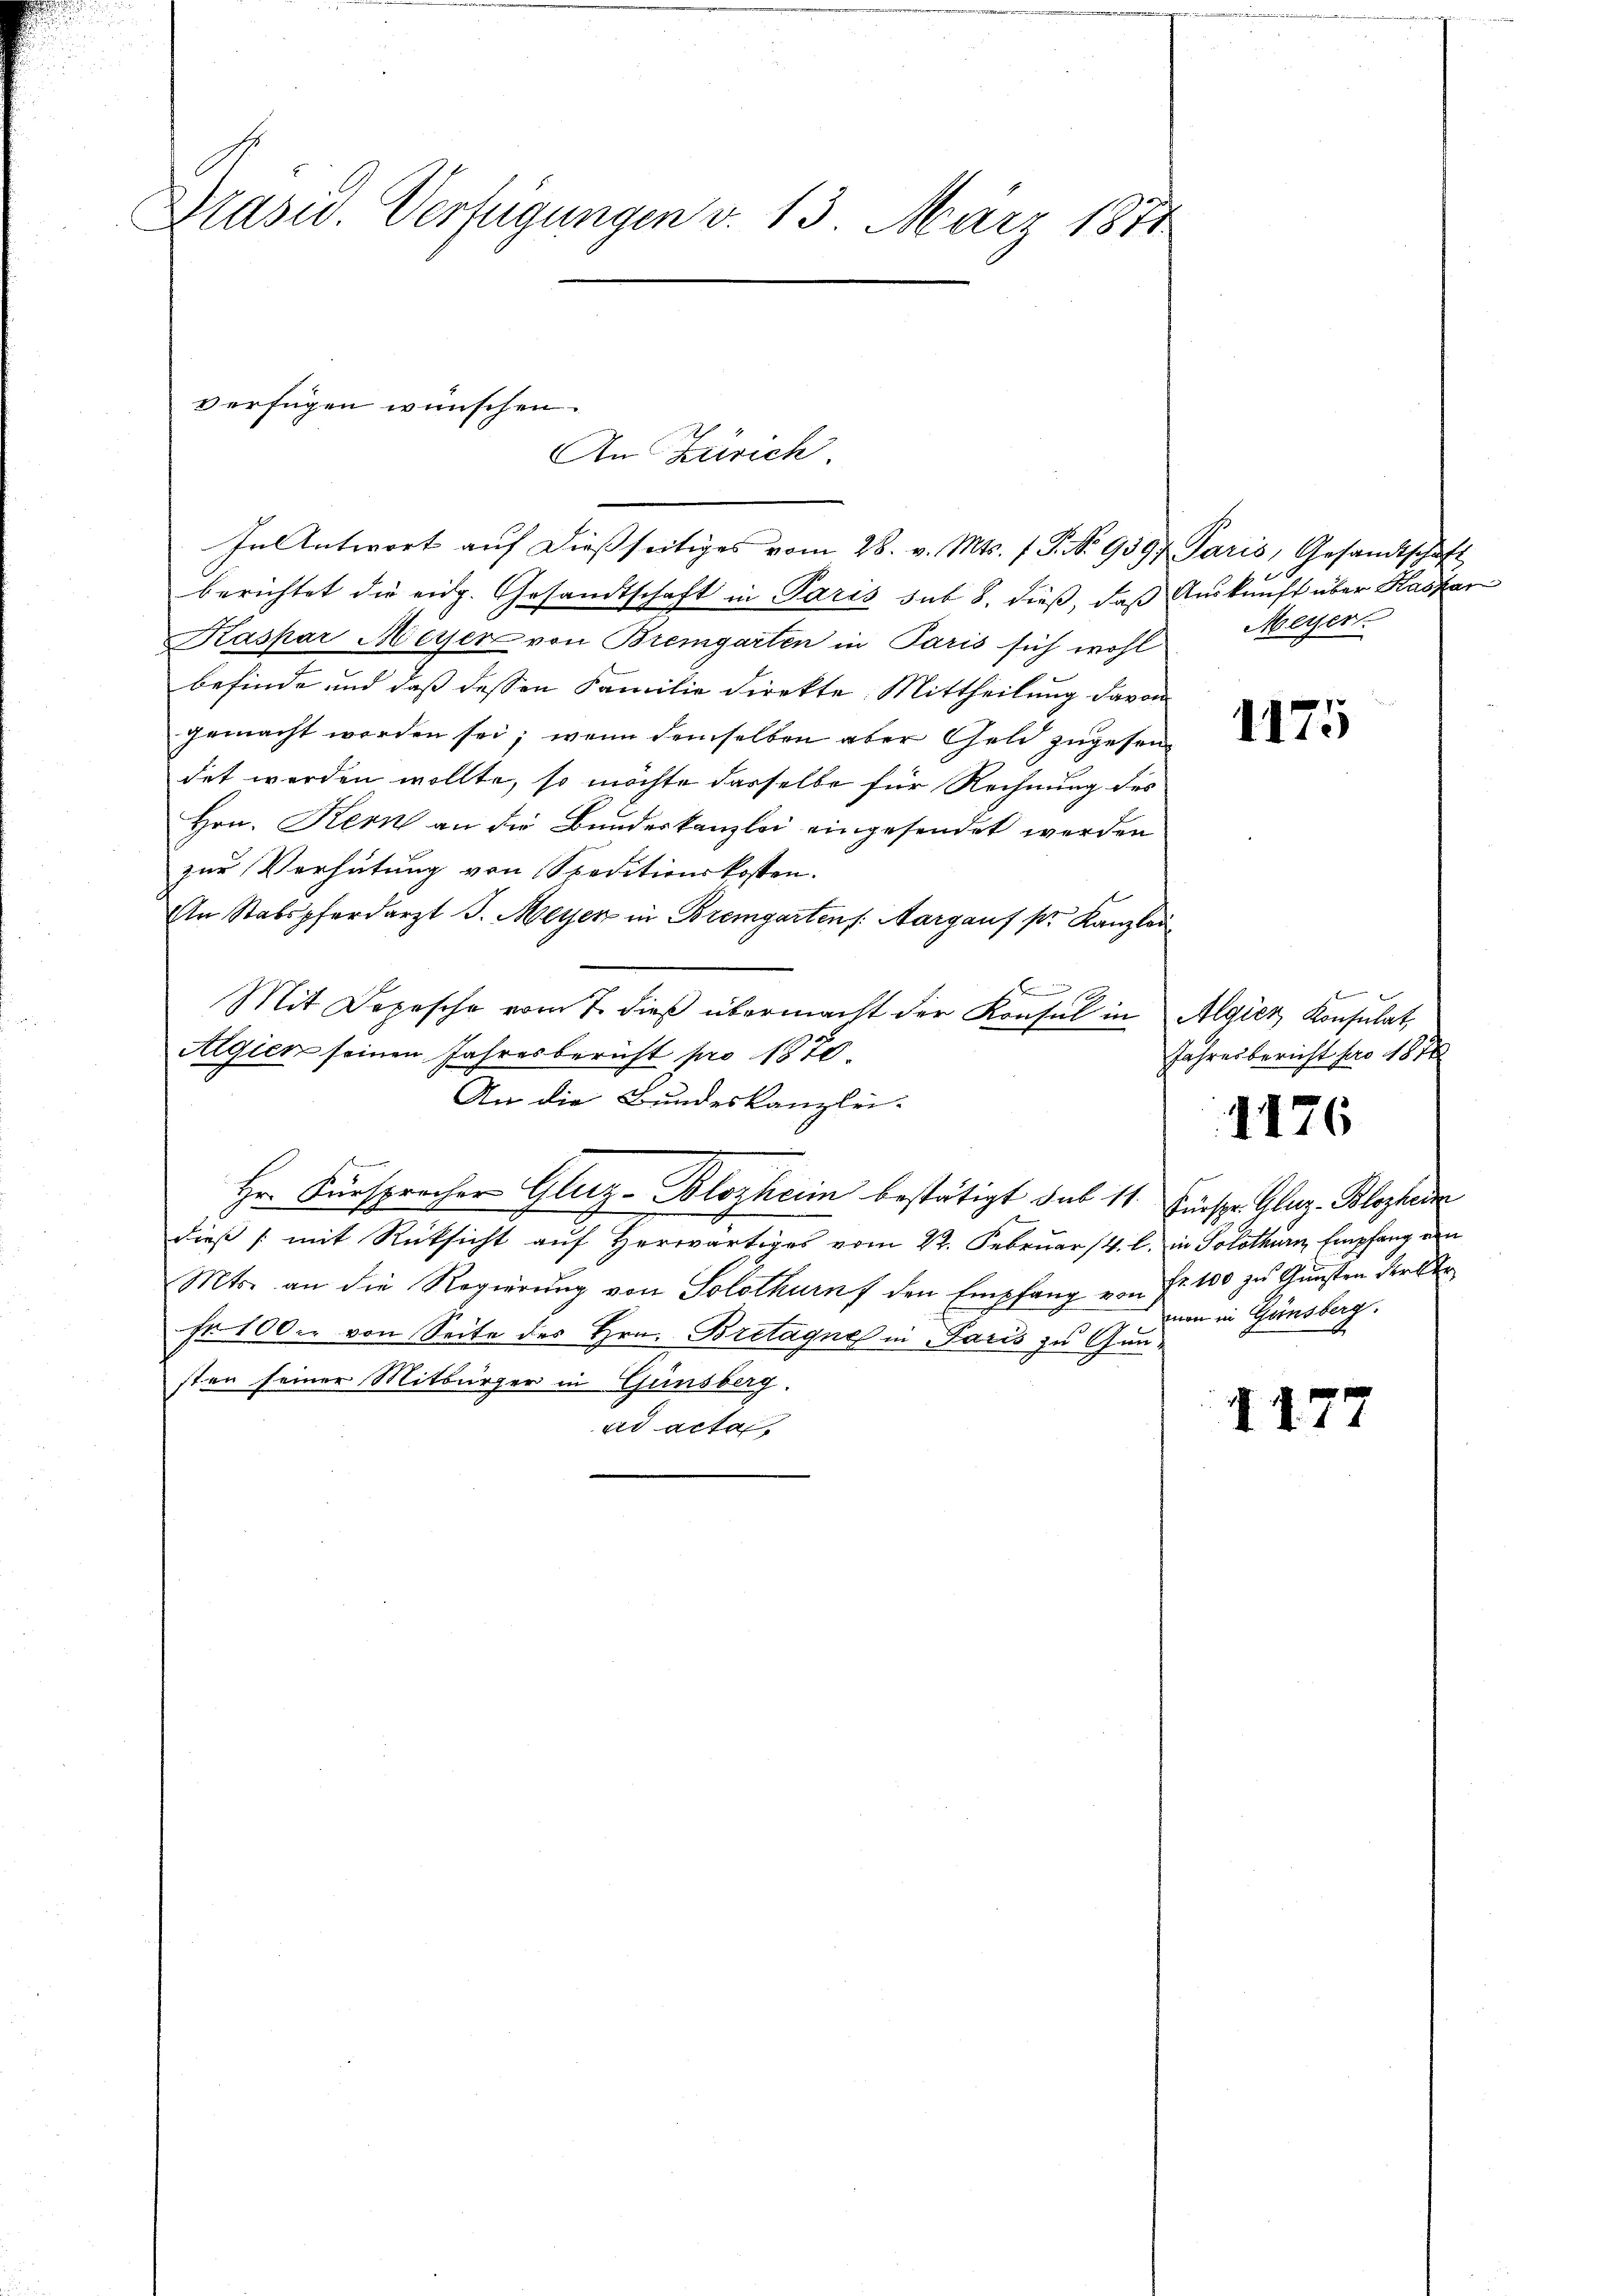
Präsid. Verfügungen v. 13. März 1874

verfügen wünschen.
An Zürich

In Antwort aŭf dieβ seitiges vom 28. v. Mts. 1 P. Nr. 9597 Paris, Gesandtschaft
berichtet die eidg. Gesandtschaft in Paris sub 8. dieß, daß Auskunft über Haszar
Kaspar Meyer von Bremgarten in Paris sich wohl
befinde und daß dessen Familie direkte. Mittheilung davon
gemacht worden sei; wenn demselben aber Geld zugesendet werden wollte, so möchte dasselbe für Rechnung des
Hrn. Kern an die Bundeskanzlei eingesendet werden
zur Verhütung von Speditionskosten.
An Stabspferdarzt J. Meyen in Bremgartens: Margauf pr. Kanzlei
Mit Depesche vom 7. dieβ übermacht der Konsul in Algier Konsulat,
Algier seinen Jahresbericht pro 1870.
An die Bundeskanzlei-
Hr. Fürsprecher Gluz-Blozheim bestätigt sub 11. Fürspr. Glaz-Blozhein
dieß mit Rücksicht auf Herwärtiges vom 22. Februar (4. l. in Solothurn, Empfang von
Mts. an die Regierŭng von Solothurn den Empfang von Fr. 100 zu Gunsten der Str
fr. 100. von Seite des Hrn. Bretagne in Paris zu Gunsten seiner Mitbürger in Günsberg.
ad acta

Meyer.

1175

Jahresbericht pro 1878

1176

mon in Ginsberg.

1177